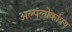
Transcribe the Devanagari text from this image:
अल्पलोकप्रिय